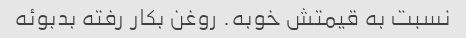
نسبت به قیمتش خوبه. روغن بکار رفته بدبوئه